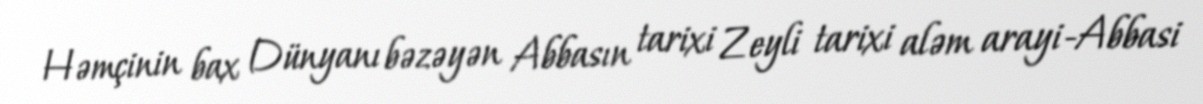
Həmçinin bax Dünyanı bəzəyən Abbasın tarixi Zeyli tarixi aləm arayi-Abbasi